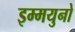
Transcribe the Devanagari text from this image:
इम्मयुनो